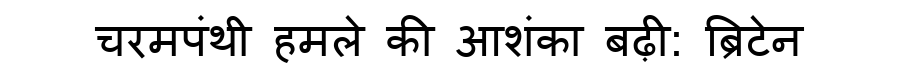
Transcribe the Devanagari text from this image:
चरमपंथी हमले की आशंका बढ़ी: ब्रिटेन